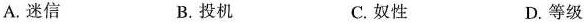
A.迷信 B.投机 C.奴性 D.等级